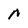
Character: N